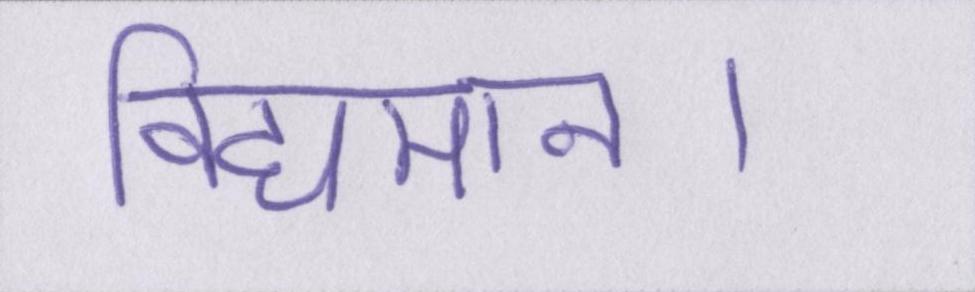
विद्यमान।